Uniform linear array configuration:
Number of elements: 64
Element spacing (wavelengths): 0.75
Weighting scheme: cosine
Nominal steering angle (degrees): -30
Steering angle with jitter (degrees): -29.141
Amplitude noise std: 0.05
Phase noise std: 0.05

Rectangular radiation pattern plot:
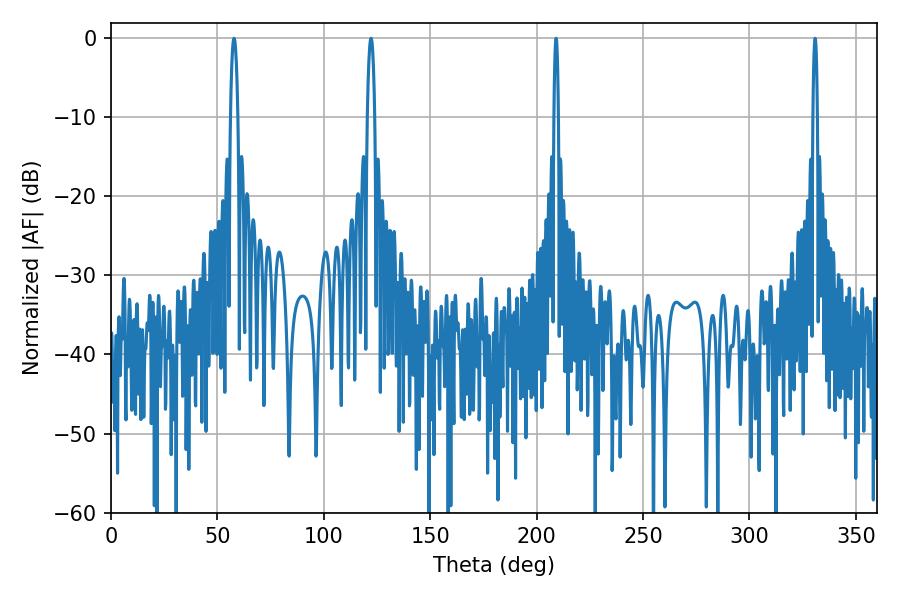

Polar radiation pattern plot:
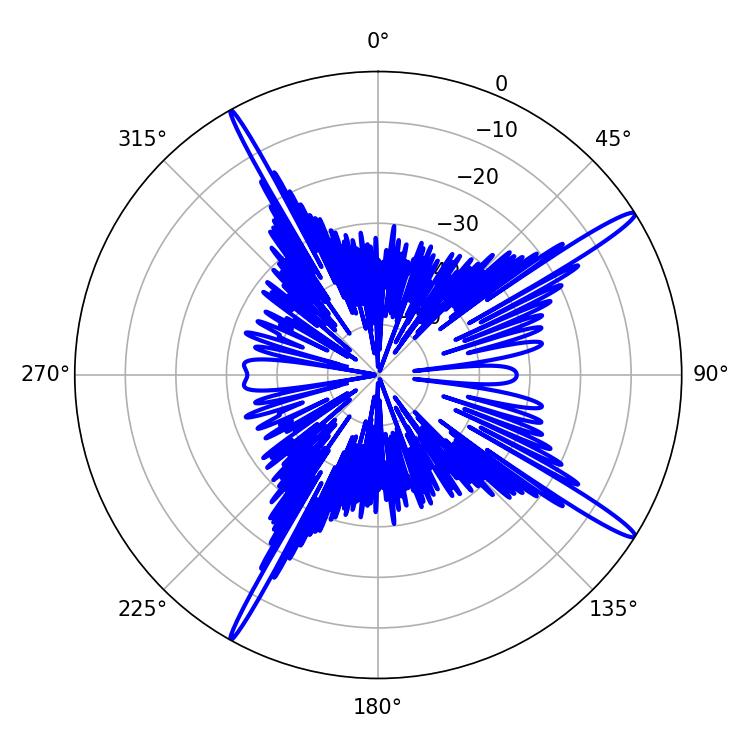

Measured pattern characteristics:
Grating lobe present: TRUE
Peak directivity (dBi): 16.652
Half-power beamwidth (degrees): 1.08
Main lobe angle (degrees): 330.84